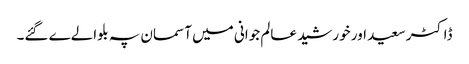
ڈاکٹر سعید اور خورشید عالم جوانی میں آسمان پہ بلوالےے گئے۔